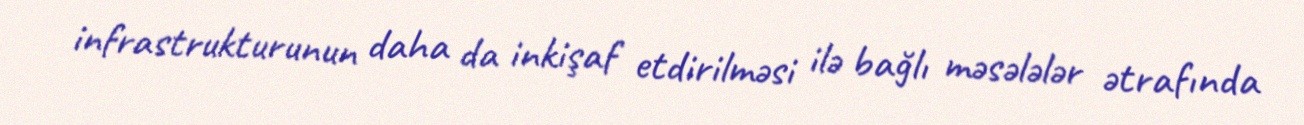
infrastrukturunun daha da inkişaf etdirilməsi ilə bağlı məsələlər ətrafında